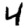
Digit: 4